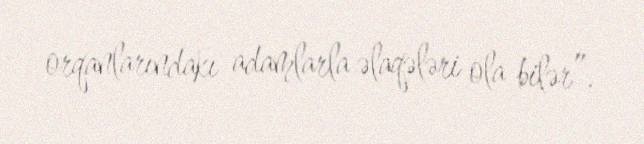
orqanlarındakı adamlarla əlaqələri ola bilər”.